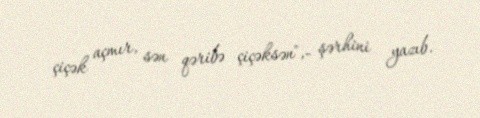
çiçək açmır, sən qəribə çiçəksən",- şərhini yazıb.